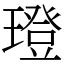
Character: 璒